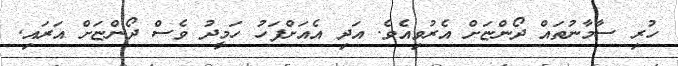
ހުރި ސާމާނުތައް ދޯންޏަށް އެރުވިއެވެ. އަދި އެއަށްފަހު ހަމީދު ވެސް ދޯންޏަށް އަރައި